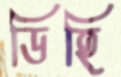
ডিহি